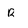
Character: R